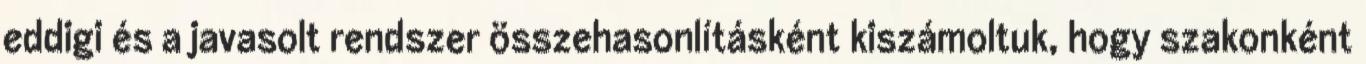
eddigi és a javasolt rendszer összehasonlításként kiszámoltuk, hogy szakonként